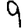
Digit: 9